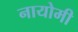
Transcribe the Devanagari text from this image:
नायोमी